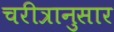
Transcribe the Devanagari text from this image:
चरीत्रानुसार